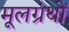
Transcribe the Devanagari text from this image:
मूलग्रंथों